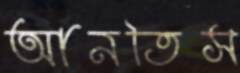
আনতিস